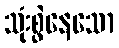
သုံးစွဲနေသော